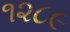
૧૨૮૯